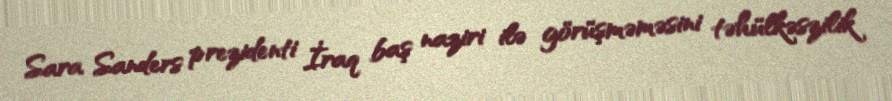
Sara Sanders prezidenti İraq baş naziri ilə görüşməməsini təhülkəszilik